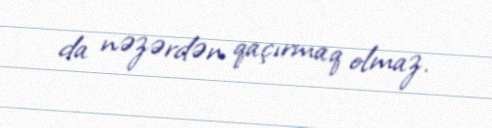
da nəzərdən qaçırmaq olmaz.